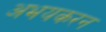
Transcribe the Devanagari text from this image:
अभयकरन